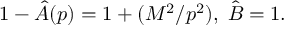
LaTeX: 1 - \hat { A } ( p ) = 1 + ( M ^ { 2 } / p ^ { 2 } ) , \; \hat { B } = 1 .